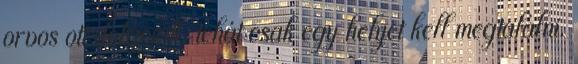
orvos ott dolgozik, tehát csak egy helyet kell megtalálni.